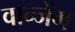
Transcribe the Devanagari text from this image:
वान्जेंग